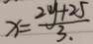
x = \frac { 2 y + 2 5 } { 3 . }